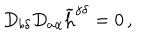
LaTeX: D _ { b \delta } D _ { a \alpha } \tilde { \mathrm { h } } ^ { \dot { \gamma } \delta } = 0 \, ,